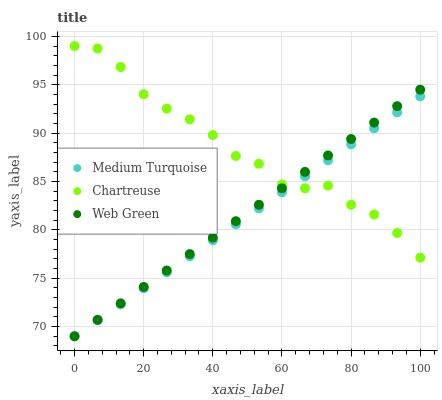
| xaxis_label | Medium Turquoise | Chartreuse | Web Green |
 | --- | --- | --- | --- |
 | 0 | 69 | 99 | 69 |
 | 6.67 | 70.7 | 98.7 | 70.7 |
 | 13.3 | 72.3 | 96.8 | 72.4 |
 | 20 | 74 | 94 | 74.1 |
 | 26.7 | 75.6 | 92.5 | 75.8 |
 | 33.3 | 77.3 | 91.4 | 77.5 |
 | 40 | 78.9 | 89.8 | 79.2 |
 | 46.7 | 80.6 | 87.6 | 80.9 |
 | 53.3 | 82.2 | 86.8 | 82.6 |
 | 60 | 83.9 | 84.7 | 84.3 |
 | 66.7 | 85.5 | 84.3 | 86 |
 | 73.3 | 87.2 | 84.6 | 87.7 |
 | 80 | 88.8 | 82.6 | 89.4 |
 | 86.7 | 90.5 | 81.6 | 91.1 |
 | 93.3 | 92.1 | 79.7 | 92.8 |
 | 100 | 93.8 | 77.1 | 94.5 |